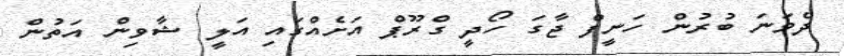
ދެވަނަ ބުރުން ހަނީފް ޖާގަ ހޯދީ ގްރޫޕް އަށެއްގައި އަލީ ޝާވިން އަތުން